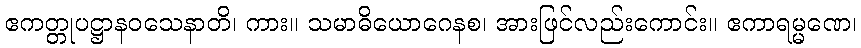
ဧကတ္တုပဋ္ဌာနဝသေနာတိ၊ ကား။ သမာဓိယောဂေနစ၊ အားဖြင်လည်းကောင်း။ ဧကာရမ္မဏေ၊